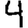
Digit: 4